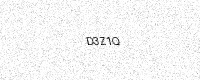
Text: D3Z1Q